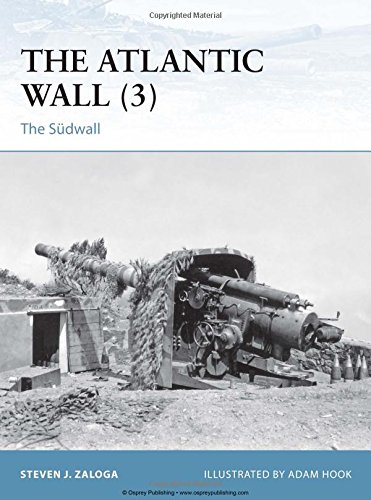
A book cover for The Atlantic Wall (3): The SÃ¼dwall (Fortress); Steven J. Zaloga; History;